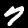
Digit: 7